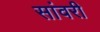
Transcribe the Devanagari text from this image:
सांवरी